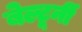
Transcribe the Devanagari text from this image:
बेल्टूर्नी